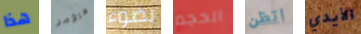
هذا فالأمر بضوء الحجم اتظن الأيدي